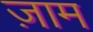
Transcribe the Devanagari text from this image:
ज़ाम